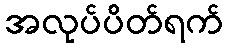
အလုပ်ပိတ်ရက်